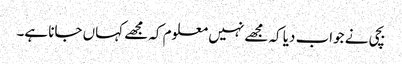
بچی نے جواب دیا کہ مجھے نہیں معلوم کہ مجھے کہاں جانا ہے۔